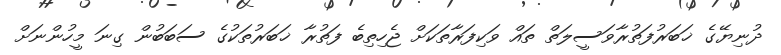
ދުނިޔޭގެ ޚަބަރުފަތުރާވަސީލަތް ތައް ވަކިފަރާތަކަށް ޖެހިތިބެ ފަތުރާ ޚަބަރުތަކުގެ ސަބަބުން ގިނަ މީހުންނަށް